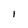
Character: 1